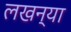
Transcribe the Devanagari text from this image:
लखन्या